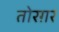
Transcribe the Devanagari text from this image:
तोरग़र